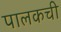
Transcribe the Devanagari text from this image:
पालकची